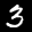
Label: 3